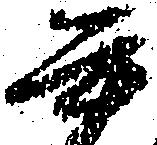
書